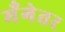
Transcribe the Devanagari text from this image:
मँगेतर